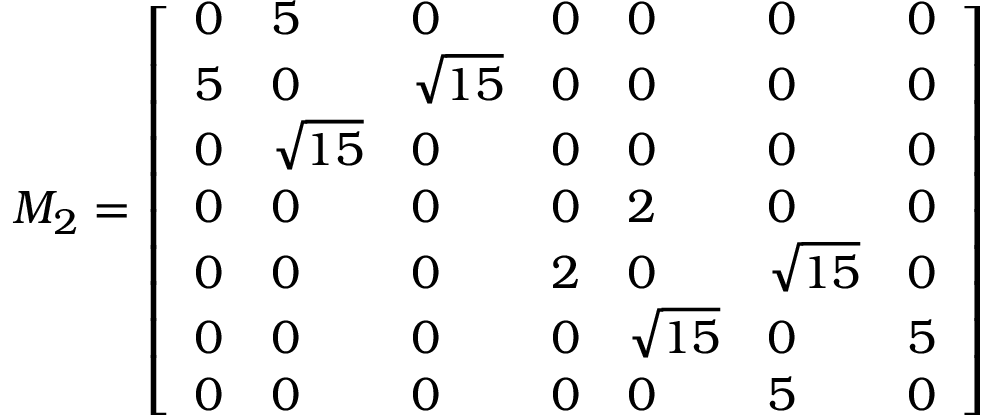
M _ { 2 } = \left[ \begin{array} { l l l l l l l } { 0 } & { 5 } & { 0 } & { 0 } & { 0 } & { 0 } & { 0 } \\ { 5 } & { 0 } & { \sqrt { 1 5 } } & { 0 } & { 0 } & { 0 } & { 0 } \\ { 0 } & { \sqrt { 1 5 } } & { 0 } & { 0 } & { 0 } & { 0 } & { 0 } \\ { 0 } & { 0 } & { 0 } & { 0 } & { 2 } & { 0 } & { 0 } \\ { 0 } & { 0 } & { 0 } & { 2 } & { 0 } & { \sqrt { 1 5 } } & { 0 } \\ { 0 } & { 0 } & { 0 } & { 0 } & { \sqrt { 1 5 } } & { 0 } & { 5 } \\ { 0 } & { 0 } & { 0 } & { 0 } & { 0 } & { 5 } & { 0 } \end{array} \right]